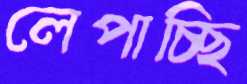
লেপাচ্ছি